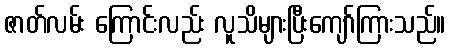
ဇာတ်လမ်း ကြောင်းလည်း လူသိများပြီးကျော်ကြားသည်။